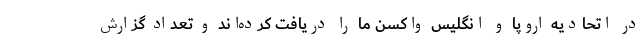
در اتحادیه اروپا و انگلیس واکسن ما را دریافت کرده‌اند و تعداد گزارش